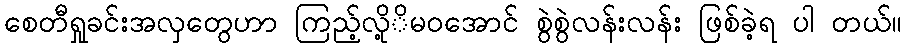
စေတီရှုခင်းအလှတွေဟာ ကြည့်လို့ိမဝအောင် စွဲစွဲလန်းလန်း ဖြစ်ခဲ့ရ ပါ တယ်။